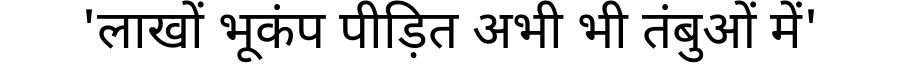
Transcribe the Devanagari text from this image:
'लाखों भूकंप पीड़ित अभी भी तंबुओं में'